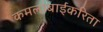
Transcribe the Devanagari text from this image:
कमलाबाईंकरिता